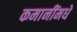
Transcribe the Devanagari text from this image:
कमानींमधे